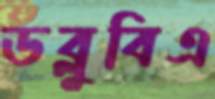
ডব্লুবিএ